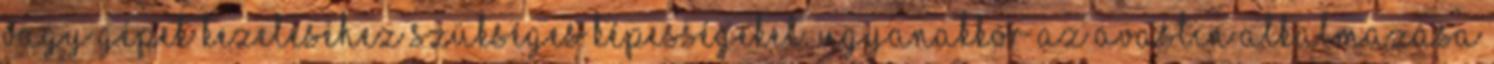
vagy gépek kezeléséhez szükséges képességeket. Ugyanakkor az Avastin alkalmazása